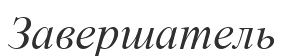
Завершатель